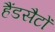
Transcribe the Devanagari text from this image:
हैंडसैटों